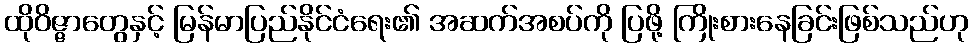
ထိုဝိဇ္ဇာတွေနှင့် မြန်မာပြည်နိုင်ငံရေး၏ အဆက်အစပ်ကို ပြဖို့ ကြိုးစားနေခြင်းဖြစ်သည်ဟု